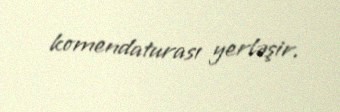
komendaturası yerləşir.